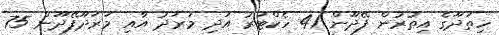
ހިތަދޫގެ އިތުރުން ފޭދޫން 41 ހެކްޓަރު އަދި މަރަދު އާއި މަރަދޫފޭދޫން 75